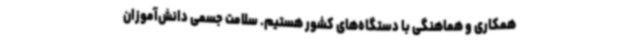
همکاری و هماهنگی با دستگاه‌های کشور هستیم. سلامت جسمی دانش‌آموزان